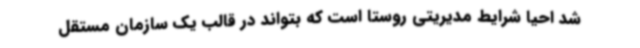
شد احیا شرایط مدیریتی روستا است که بتواند در قالب یک سازمان مستقل